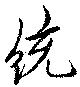
統